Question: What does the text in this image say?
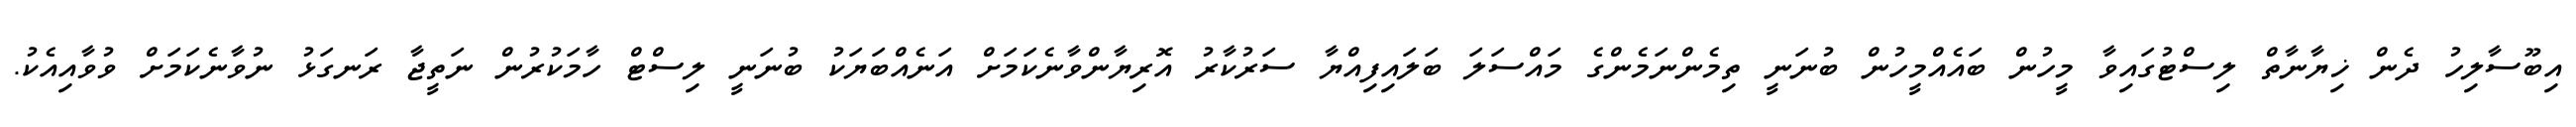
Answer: އިބޫސާލިހު ދެން ޚިޔާނާތް ލިސްޓުގައިވާ މީހުން ބައެއްމީހުން ބުނަނީ ތިމެންނަމެންގެ މައްސަލަ ބަލައިފިއްޔާ ސަރުކާރު އޮރިޔާންވާނެކަމަށް އަނެއްބަޔަކު ބުނަނީ ލިސްޓް ހާމަކުރުން ނަތީޖާ ރަނގަޅު ނުވާނެކަމަށް ވުވާއިއެކު.